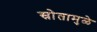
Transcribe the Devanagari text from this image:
स्रोतामुळे